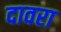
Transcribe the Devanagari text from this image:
दावरा